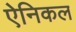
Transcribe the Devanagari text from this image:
ऐनिकल